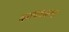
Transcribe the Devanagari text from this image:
कायद्यातह